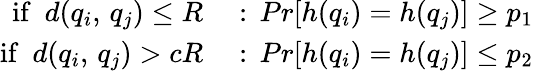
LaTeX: \begin{array}{rl}{\mathrm{if}\, \, \, d(q_{i},\, q_{j})\leq R}&{{}:\, Pr[h(q_{i})=h(q_{j})]\geq p_{1}}\\ {\mathrm{if}\, \, \, d(q_{i},\, q_{j})>cR}&{{}:\, Pr[h(q_{i})=h(q_{j})]\leq p_{2}}\end{array}